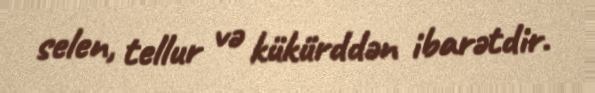
selen, tellur və kükürddən ibarətdir.